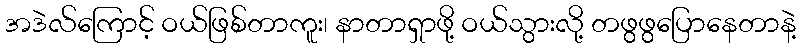
အဒဲလ်ကြောင့် ဝယ်ဖြစ်တာကူး၊ နာတာရှာဖို့ ဝယ်သွားလို့ တဖွဖွပြောနေတာနဲ့